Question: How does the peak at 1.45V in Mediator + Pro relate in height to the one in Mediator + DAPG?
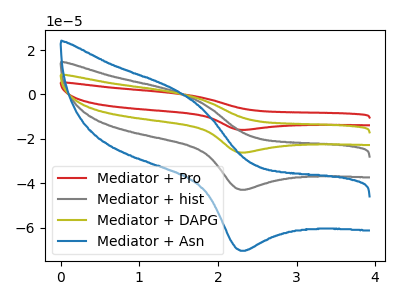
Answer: <think>The red curve "Mediator + Pro" has an anodic peak at (1.45V, 3.85uA) and a cathodic peak at (2.30V, -128.80uA). The gray curve "Mediator + hist" has an anodic peak at (1.45V, 1.30uA) and a cathodic peak at (2.30V, -42.95uA). The olive curve "Mediator + DAPG" has an anodic peak at (1.45V, 2.55uA) and a cathodic peak at (2.30V, -85.90uA). The blue curve "Mediator + Asn" has an anodic peak at (1.45V, 2.10uA) and a cathodic peak at (2.30V, -70.40uA).</think>
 <answer>The peak at 1.45V is higher in "Mediator + Pro" than in "Mediator + DAPG".</answer>
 <eval>higher</eval>